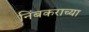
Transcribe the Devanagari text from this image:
निंबकराच्या